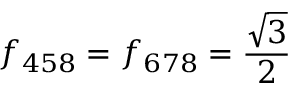
f _ { 4 5 8 } = f _ { 6 7 8 } = { \frac { \sqrt { 3 } } { 2 } }